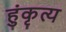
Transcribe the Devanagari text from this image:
हुंकृत्य